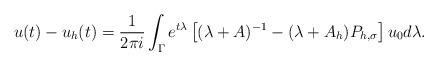
LaTeX: \begin{align*}u(t) - u_h(t) = \frac{1}{2\pi i} \int_\Gamma e^{t\lambda} \left[ (\lambda + A)^{-1} - (\lambda + A_h) P_{h,\sigma} \right]u_0 d\lambda.\end{align*}